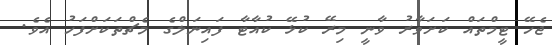
ޖެހޭ ޓީމްތައް ކަށަވާރު ވާނީ މިރޭ ކުޅޭ ކުއާޓާ ފައިނަލްގެ މެޗްތަކަށްފަހު އެވެ.